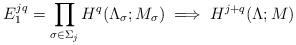
LaTeX: \begin{align*} E_1^{jq} = \prod_{\sigma\in \Sigma_j} H^q(\Lambda_\sigma; M_\sigma) \implies H^{j+q}(\Lambda; M) \end{align*}